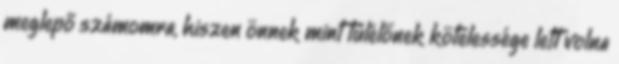
meglepő számomra, hiszen önnek mint túlélőnek kötelessége lett volna